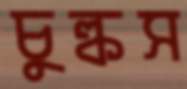
চুল্‌কস